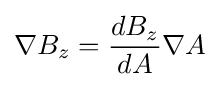
\nabla B_{z}={\frac {dB_{z}}{dA}}\nabla A